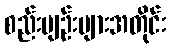
စည်းမျဉ်းများအတိုင်း